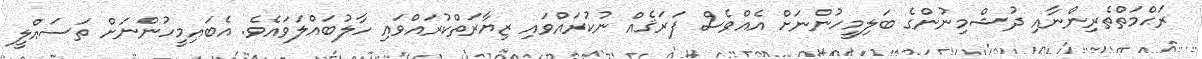
ރަޙްމަތްތެރިންނާއި ދުޝްމިނުންގެ ބަލިމީހުންނަށް އެއްވެސް ފަރަޤެއް ނުކުރައްވައި ޒިޔާރަތްކުރައްވައި ހާލުބައްލަވައެވެ. އެބައިމީހުންނަށް ތަސައްލީ